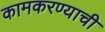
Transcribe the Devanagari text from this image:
कामकरण्याची